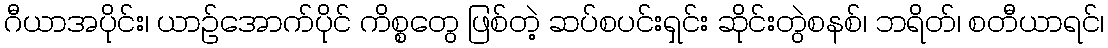
ဂီယာအပိုင်း၊ ယာဉ်အောက်ပိုင် ကိစ္စတွေ ဖြစ်တဲ့ ဆပ်စပင်းရှင်း ဆိုင်းတွဲစနစ်၊ ဘရိတ်၊ စတီယာရင်၊